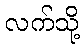
လက်သို့